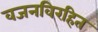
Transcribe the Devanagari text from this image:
वजनविरहित